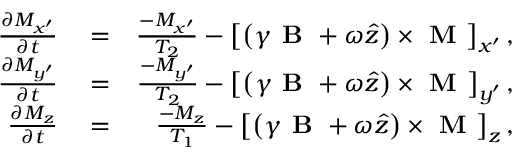
\begin{array} { r l r } { \frac { \partial M _ { x ^ { \prime } } } { \partial t } } & { { } = } & { \frac { - M _ { x ^ { \prime } } } { T _ { 2 } } - \left[ \left( \gamma \textbf { B } + \omega \hat { z } \right) \times \textbf { M } \right] _ { x ^ { \prime } } , } \\ { \frac { \partial M _ { y ^ { \prime } } } { \partial t } } & { { } = } & { \frac { - M _ { y ^ { \prime } } } { T _ { 2 } } - \left[ \left( \gamma \textbf { B } + \omega \hat { z } \right) \times \textbf { M } \right] _ { y ^ { \prime } } , } \\ { \frac { \partial M _ { z } } { \partial t } } & { { } = } & { \frac { - M _ { z } } { T _ { 1 } } - \left[ \left( \gamma \textbf { B } + \omega \hat { z } \right) \times \textbf { M } \right] _ { z } , } \end{array}